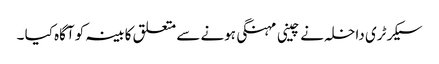
سیکرٹری داخلہ نے چینی مہنگی ہونے سے متعلق کابینہ کو آگاہ کیا ۔